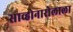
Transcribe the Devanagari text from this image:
साव्होनारोलाला